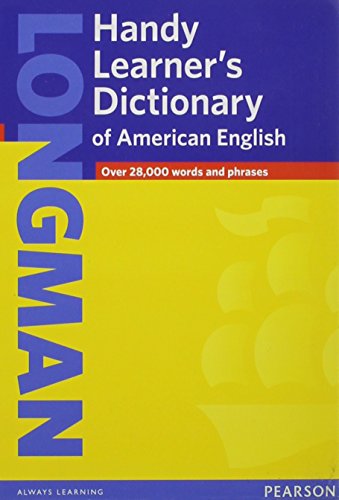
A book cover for Longman Handy Learner's Dictionary of American English, Flexicover (Lhld); Pearson Education; Reference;